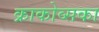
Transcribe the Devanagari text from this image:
क्राकोव्सका